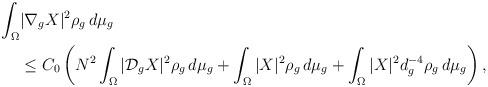
LaTeX: \begin{align*} \int_{\Omega}& |\nabla_g X|^2 \rho_g \, d\mu_g \\&\le C_0\left( N^2\int_{\Omega} |\mathcal{D}_g X|^2 \rho_g \, d\mu_g + \int_{\Omega} |X|^2 \rho_g \, d\mu_g + \int_{\Omega} |X|^2 d_g^{-4} \rho_g \, d\mu_g \right),\end{align*}